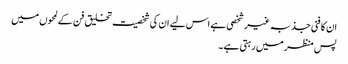
ان کا فنی جذبہ غیر شخصی ہے اس لیے ان کی شخصیت تخلیق فن کے لمحوں میں
پس منظر میں رہتی ہے۔